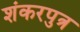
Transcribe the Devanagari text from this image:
शंकरपुत्र